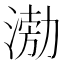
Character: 𭱢